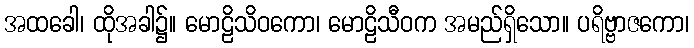
အထခေါ၊ ထိုအခါ၌။ မောဠိသိဝကော၊ မောဠိသီဝက အမည်ရှိသော။ ပရိဗ္ဗာဇကော၊